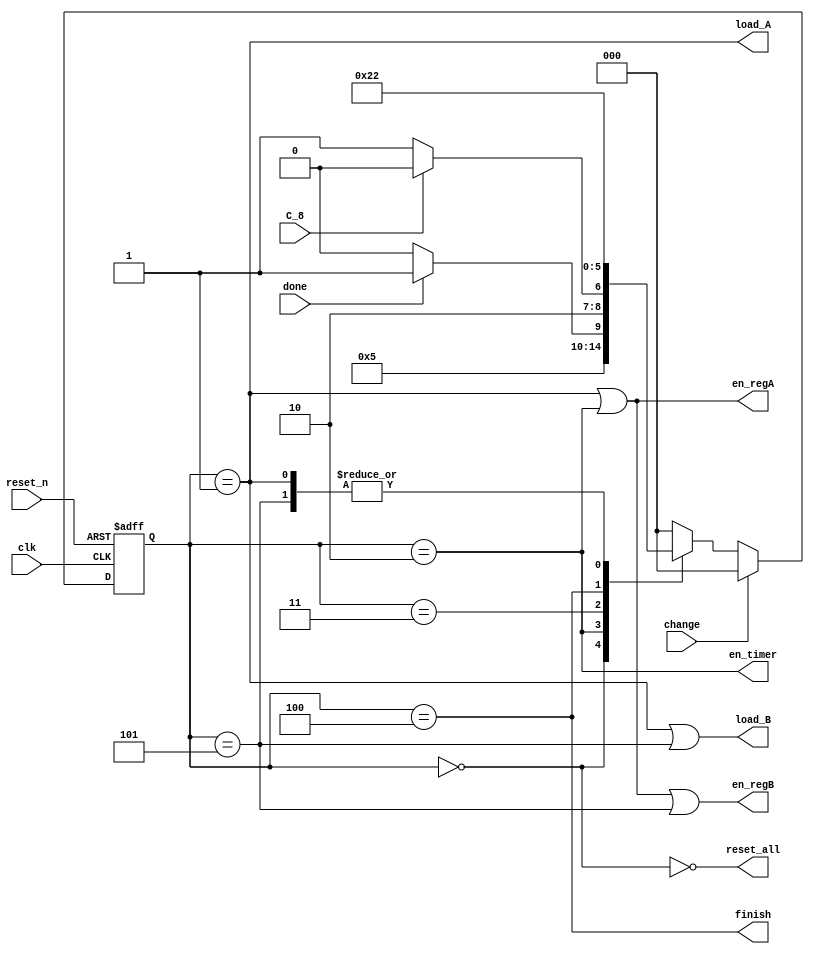
module control_unit (
input clk ,
input reset_n ,
input done ,
input change ,
input C_8 ,
output reset_all ,en_regA , en_regB , en_timer, load_B , load_A , finish
);

localparam s0 = 0 , s1 = 1 , s2 = 2 , s3 = 3 , s4 = 4 , s5 = 5 ;
reg [2:0]state ;
always @ (posedge clk , negedge reset_n)
begin
if (~reset_n)
  state = s0 ;
else if (change)
  state = s0 ;
else
  begin
    case(state)
      s0 : state <= s1 ;
      s1 : state <= s2 ;
      s2 : state <= done? s3 : s2 ;
      s3 : state <= C_8 ? s4 : s5 ;
      s4 : state <= s4 ;
      s5 : state <= s2 ;
      default : state <= s0 ;
    endcase
  end
end

assign reset_all = ~(state == s0) ;
assign load_A = (state == s1) ;
assign load_B = (state == s1 | state == s5) ;
assign en_regA = (state == s1 | state == s2) ;
assign en_regB = (state == s1 | state == s2 | state == s5) ;
assign en_timer = (state == s2) ;
assign finish = (state == s4) ;

endmodule